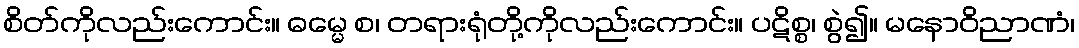
စိတ်ကိုလည်းကောင်း။ ဓမ္မေ စ၊ တရားရုံတို့ကိုလည်းကောင်း။ ပဋိစ္စ၊ စွဲ၍။ မနောဝိညာဏံ၊